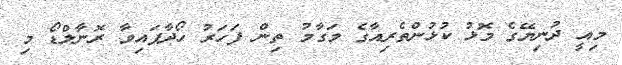
މިއީ ދުނިޔޭގެ މޮޅު ކުޅުންތެރިއާގެ މަގާމު ތިން ފަހަރު ހޯދާފައިވާ ރޮނާލްޑޯ މި